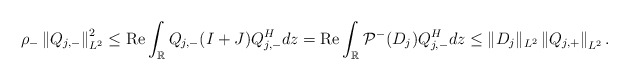
\begin{align*}\rho_- \left\|Q_{j,-}\right\|_{L^2}^2 \leq \operatorname{Re} \int_{\mathbb{R}} Q_{j,-}(I+J) Q_{j,-}^H dz=\operatorname{Re}\int_{\mathbb{R}} \mathcal{P}^-(D_j) Q_{j,-}^H dz \leq\|D_j\|_{L^2}\left\|Q_{j,+}\right\|_{L^2}.\end{align*}